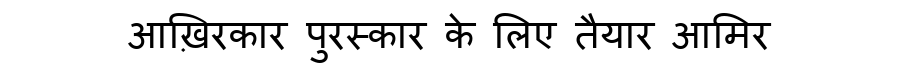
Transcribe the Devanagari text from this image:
आख़िरकार पुरस्कार के लिए तैयार आमिर